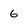
Character: 6